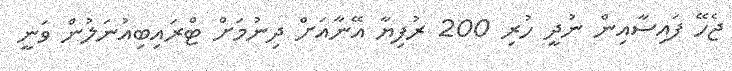
ޖެހޭ ފައިސާއިން ނުދީ ހުރި 200 ރުފިޔާ އޭނާއަށް ދިނުމަށް ޓްރައިބިއުނަލުން ވަނީ